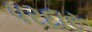
પરદારૂ